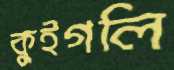
কুইগলি